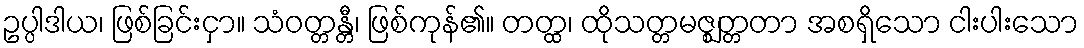
ဥပ္ပါဒါယ၊ ဖြစ်ခြင်းငှာ။ သံဝတ္တန္တီ၊ ဖြစ်ကုန်၏။ တတ္ထ၊ ထိုသတ္တမဇ္ဈတ္တတာ အစရှိသော ငါးပါးသော